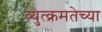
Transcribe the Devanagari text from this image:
व्युत्क्रमतेच्या